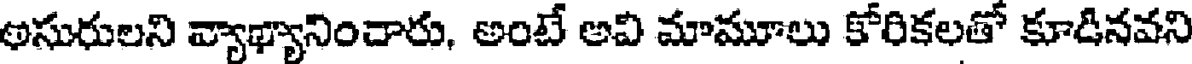
అసురులని వ్యాఖ్యానించారు, అంటే అవి మామూలు కోరికలతో కూడినవని